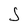
Character: J